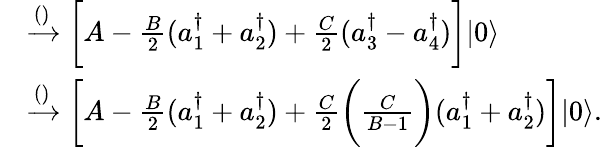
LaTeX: \begin{array}{rl}&{\xrightarrow{()}\bigg[A-\frac{B}{2}(a_{1}^{\dagger}+a_{2}^{\dagger})+\frac{C}{2}(a_{3}^{\dagger}-a_{4}^{\dagger})\bigg]|0\rangle}\\ &{\xrightarrow{()}\bigg[A-\frac{B}{2}(a_{1}^{\dagger}+a_{2}^{\dagger})+\frac{C}{2}\bigg(\frac{C}{B-1}\bigg)(a_{1}^{\dagger}+a_{2}^{\dagger})\bigg]|0\rangle.}\end{array}